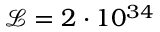
\mathcal { L } = 2 \cdot 1 0 ^ { 3 4 }